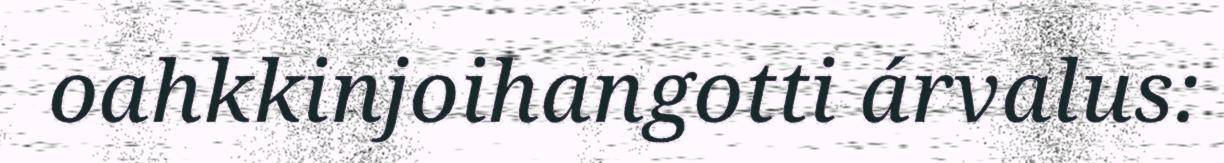
oahkkinjoihangotti árvalus: